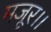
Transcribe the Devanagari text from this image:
मजूर।।